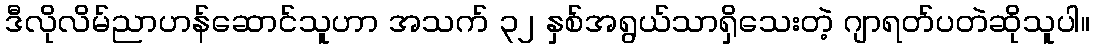
ဒီလိုလိမ်ညာဟန်ဆောင်သူဟာ အသက် ၃၂ နှစ်အရွယ်သာရှိသေးတဲ့ ဂျာရတ်ပတဲဆိုသူပါ။